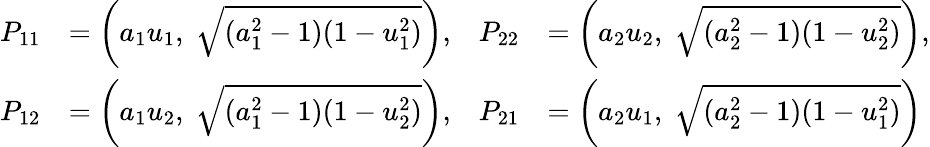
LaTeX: {\begin{array}{rlrl}{P_{11}}&{=\left(a_{1}u_{1},\; {\sqrt{(a_{1}^{2}-1)(1-u_{1}^{2})}}\right),}&{P_{22}}&{=\left(a_{2}u_{2},\; {\sqrt{(a_{2}^{2}-1)(1-u_{2}^{2})}}\right),}\\ {P_{12}}&{=\left(a_{1}u_{2},\; {\sqrt{(a_{1}^{2}-1)(1-u_{2}^{2})}}\right),}&{P_{21}}&{=\left(a_{2}u_{1},\; {\sqrt{(a_{2}^{2}-1)(1-u_{1}^{2})}}\right)}\end{array}}